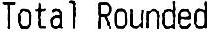
TOTAL ROUNDED